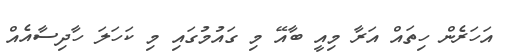
އަހަރެން ހިތައް އަރާ މިއީ ބާއޭ މި ގައުމުގައި މި ކަހަލަ ހާދިސާއެއް